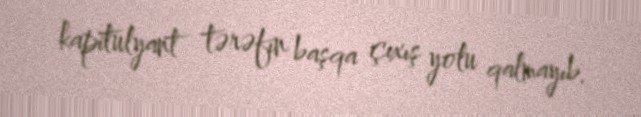
kapitulyant tərəfin başqa çıxış yolu qalmayıb.